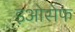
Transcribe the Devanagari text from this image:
इओसेफ